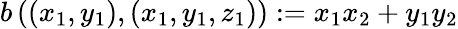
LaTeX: b\left(\left(x_{1},y_{1}\right),\left(x_{1},y_{1},z_{1}\right)\right):=x_{1}x_{2}+y_{1}y_{2}